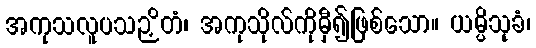
အကုသလူပသဉှိတံ၊ အကုသိုလ်ကိုမှီ၍ဖြစ်သော။ ယမ္ပိသုခံ၊